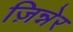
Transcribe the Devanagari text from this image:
ज़िन्नेर